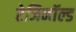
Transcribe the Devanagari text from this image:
रेजिनॉल्ड